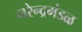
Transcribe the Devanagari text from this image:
नरेन्द्रमंडळ